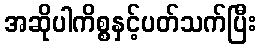
အဆိုပါကိစ္စနှင့်ပတ်သက်ပြီး